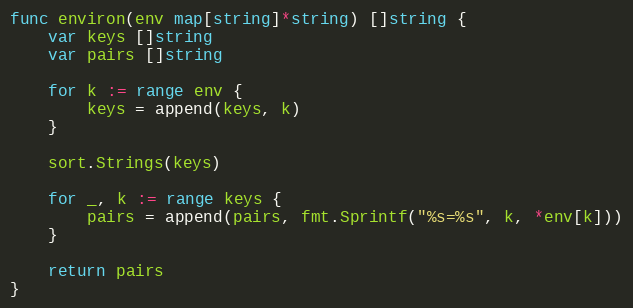
Language: Go
func environ(env map[string]*string) []string {
	var keys []string
	var pairs []string

	for k := range env {
		keys = append(keys, k)
	}

	sort.Strings(keys)

	for _, k := range keys {
		pairs = append(pairs, fmt.Sprintf("%s=%s", k, *env[k]))
	}

	return pairs
}